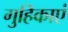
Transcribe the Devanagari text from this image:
गुहिकाएं